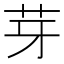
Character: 芽